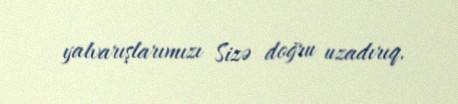
yalvarışlarımızı Sizə doğru uzadırıq.